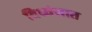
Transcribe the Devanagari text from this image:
विध्वंसात